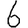
Digit: 6